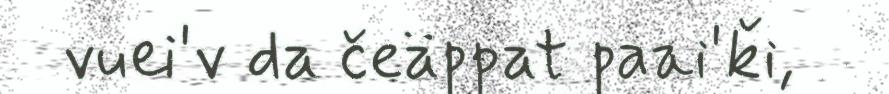
vuei'v da čeäppat paai'ǩi,